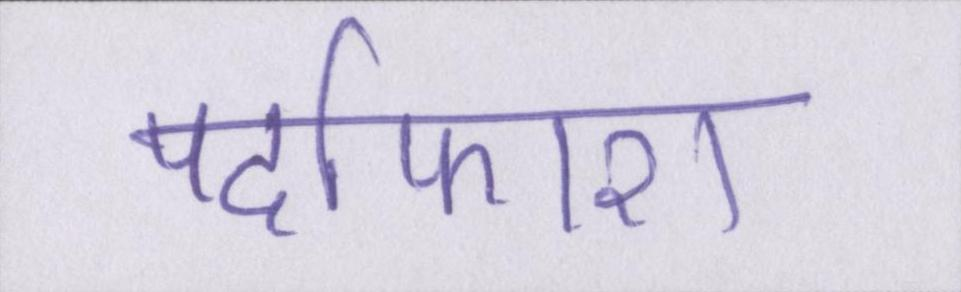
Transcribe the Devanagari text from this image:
पर्दाफाश